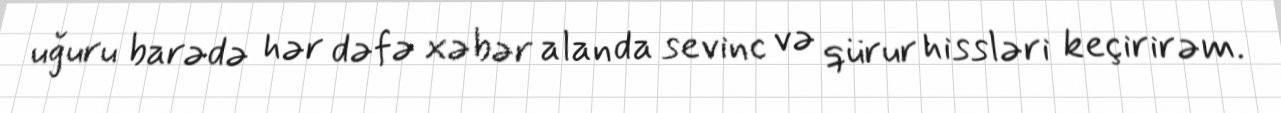
uğuru barədə hər dəfə xəbər alanda sevinc və qürur hissləri keçirirəm.